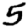
Digit: 5